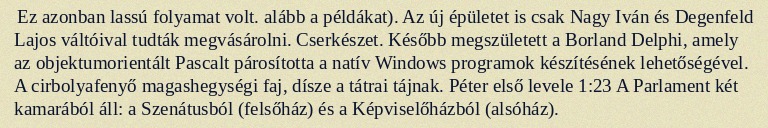
Ez azonban lassú folyamat volt. alább a példákat). Az új épületet is csak Nagy Iván és Degenfeld Lajos váltóival tudták megvásárolni. Cserkészet. Később megszületett a Borland Delphi, amely az objektumorientált Pascalt párosította a natív Windows programok készítésének lehetőségével. A cirbolyafenyő magashegységi faj, dísze a tátrai tájnak. Péter első levele 1:23 A Parlament két kamarából áll: a Szenátusból (felsőház) és a Képviselőházból (alsóház).